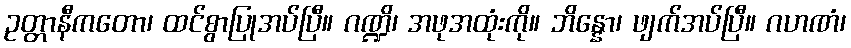
ဥတ္တာနီကတော၊ ထင်စွာပြုအပ်ပြီ။ ဂဏ္ဍိ၊ အဖုအထုံးကို။ ဘိန္နော၊ ဖျက်အပ်ပြီ။ ဂဟဏံ၊